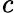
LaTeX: \mathit{c}